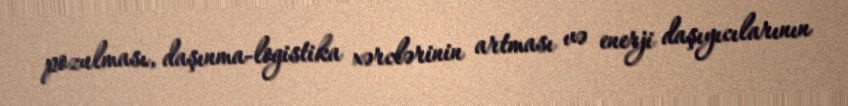
pozulması, daşınma-logistika xərclərinin artması və enerji daşıyıcılarının